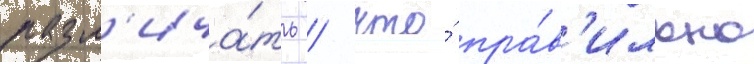
разл'ича́ть / что́ пра́в'ильно